Scottish Leaving Certificate Examination, 1958
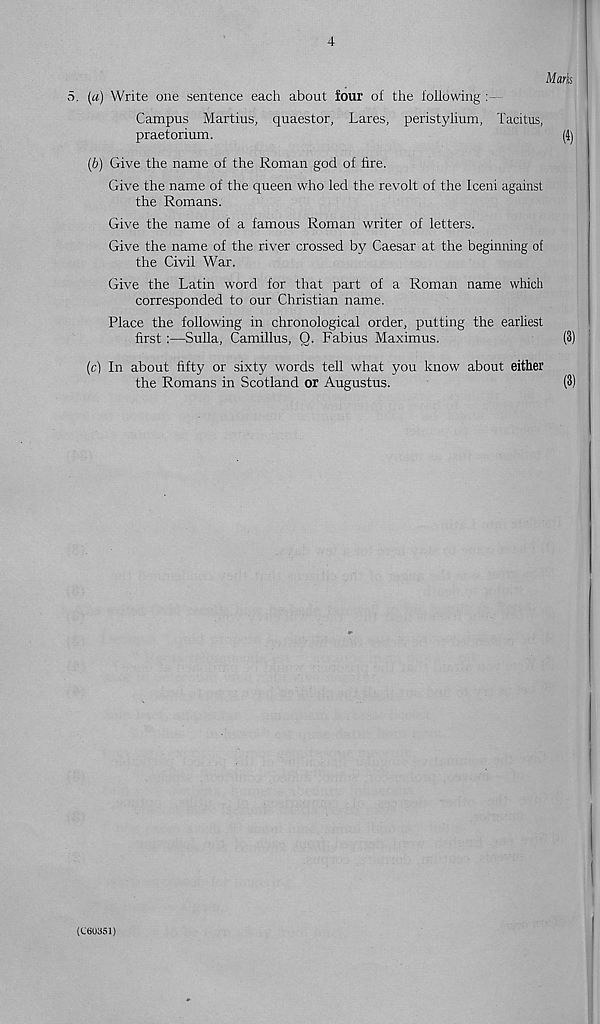
4
Mark
5. (a) Write one sentence each about four of the following
Campus Martius, quaestor, Lares, peristylium, Tacitus,
praetorium.
(4)
(b) Give the name of the Roman god of fire.
Give the name of the queen who led the revolt of the Iceni against
the Romans.
Give the name of a famous Roman writer of letters.
Give the name of the river crossed by Caesar at the beginning of
the Civil War.
Give the Latin word for that part of a Roman name which
corresponded to our Christian name.
Place the following in chronological order, putting the earliest
first :—Sulla, Camillus, Q. Fabius Maximus.
(3)
(c) In about fifty or sixty words tell what you know about either
the Romans in Scotland or Augustus.
(3)
(C60351)